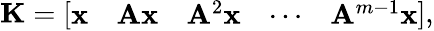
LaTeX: \mathbf{K}=\left[\begin{array}{lllll}{\mathbf{x}}&{\mathbf{Ax}}&{\mathbf{A}^{2}\mathbf{x}}&{\cdots}&{\mathbf{A}^{m-1}\mathbf{x}}\end{array}\right],